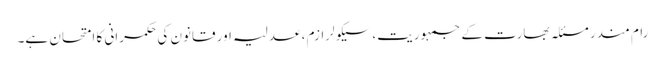
رام مندر مسئلہ بھارت کے جمہوریت،سیکولرازم ، عدلیہ اور قانون کی حکمرانی کا امتحان ہے۔